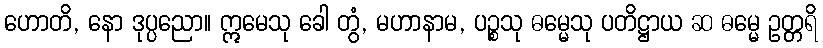
ဟောတိ, နော ဒုပ္ပညော။ ဣမေသု ခေါ တွံ, မဟာနာမ, ပဉ္စသု ဓမ္မေသု ပတိဋ္ဌာယ ဆ ဓမ္မေ ဥတ္တရိ